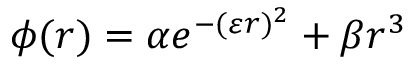
\phi ( r ) = \alpha e ^ { - ( \varepsilon r ) ^ { 2 } } + \beta r ^ { 3 }